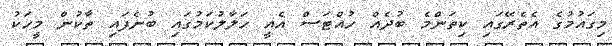
މިގައުމުގެ އެތެރޭގައި ކިތަންމެ ބުދެއް ހުއްޓަސް އެއީ ހަލާލުކަމުގައި ބުނެފައި ތާކުން މީހަކު